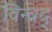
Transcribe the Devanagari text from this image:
विन्चद्